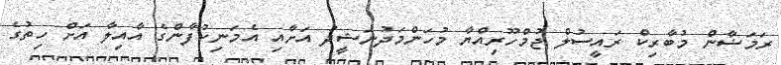
ރަމަޟާން މުބާރިކް ރައީސުލް ޖުމްހޫރިއްޔާ މުހަންމަދުނަޝީދު އަށާއި އެމަނިކުފާންގެ އާއިލާ އަށް ހިތުގެ